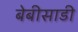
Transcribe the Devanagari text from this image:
बेबीसाडी